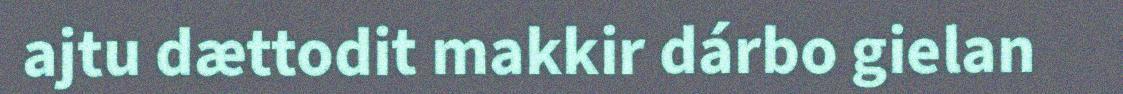
ajtu dættodit makkir dárbo gielan